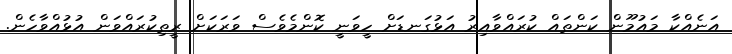
އަނެއްކާ މައުމޫން ކަންތައް ކުރައްވާއިރު އަޅުގަނޑަށް ހީވަނީ ކޮންމެވެސް ވަރަކަށް ރީތިކުރައްވަން އުޅުއްވާހެން.